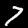
Label: 7